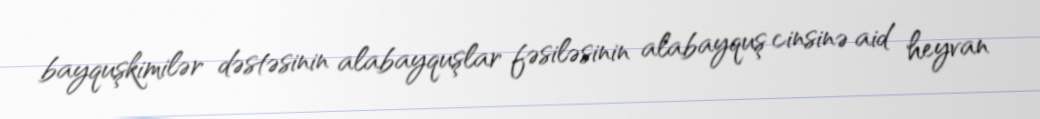
bayquşkimilər dəstəsinin alabayquşlar fəsiləsinin alabayquş cinsinə aid heyvan